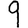
Digit: 9